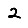
Digit: 2